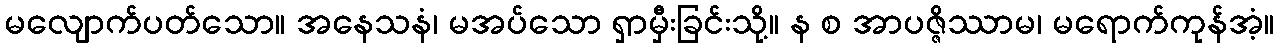
မလျောက်ပတ်သော။ အနေသနံ၊ မအပ်သော ရှာမှီးခြင်းသို့။ န စ အာပဇ္ဇိဿာမ၊ မရောက်ကုန်အံ့။